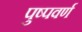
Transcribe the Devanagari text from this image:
पुष्पवर्ण